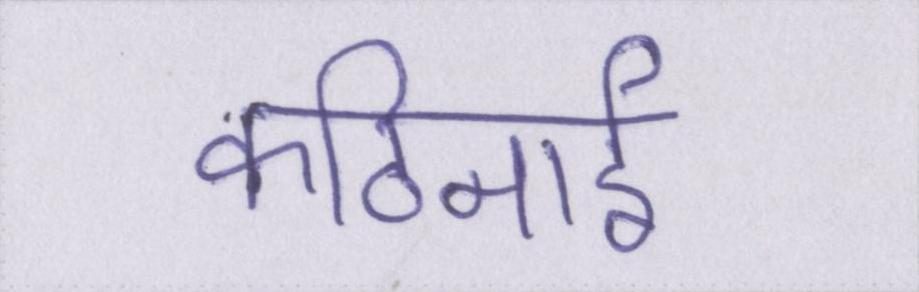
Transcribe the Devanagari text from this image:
कठिनाई